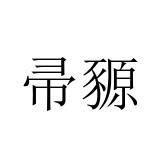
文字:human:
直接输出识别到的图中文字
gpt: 帚豲